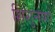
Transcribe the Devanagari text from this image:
शिशुनागों